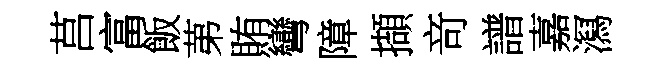
莒富飯苐賄彎障擷竒譜嘉㵼